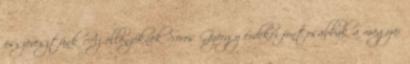
összevesztünk Az ellenzéknek Soros György érdekei fontosabbak a magyar